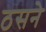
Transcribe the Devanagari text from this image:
ठसने